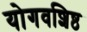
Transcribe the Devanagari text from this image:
योगवशिष्ठ